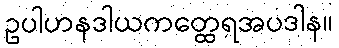
ဥပါဟနဒါယကတ္ထေရအပဒါန။